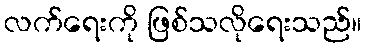
လက်ရေးကို ဖြစ်သလိုရေးသည်။